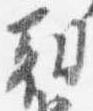
朝